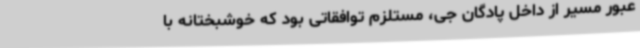
عبور مسیر از داخل پادگان جی، مستلزم توافقاتی بود که خوشبختانه با